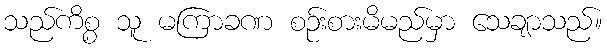
သည်ကိစ္စ သူ မကြာခဏ စဉ်းစားမိမည်မှာ သေချာသည်။